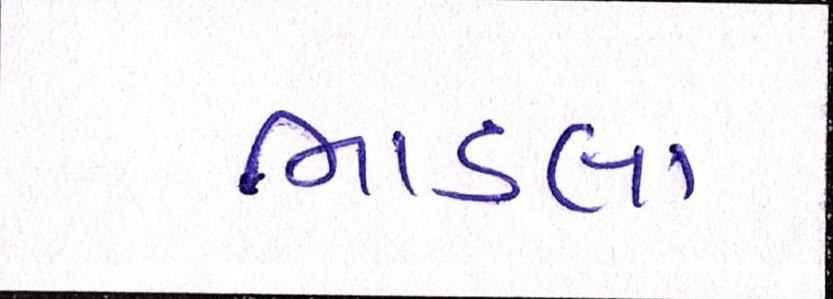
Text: ભાડલા